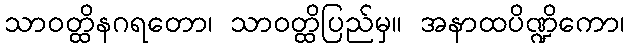
သာဝတ္ထိနဂရတော၊ သာဝတ္ထိပြည်မှ။ အနာထပိဏ္ဍိကော၊